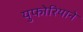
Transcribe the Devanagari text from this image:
युफोरियाने